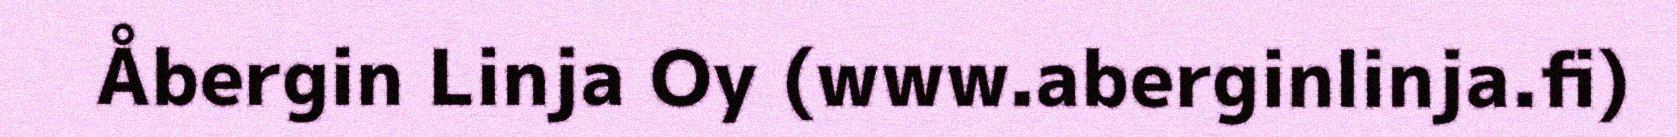
Åbergin Linja Oy (www.aberginlinja.fi)